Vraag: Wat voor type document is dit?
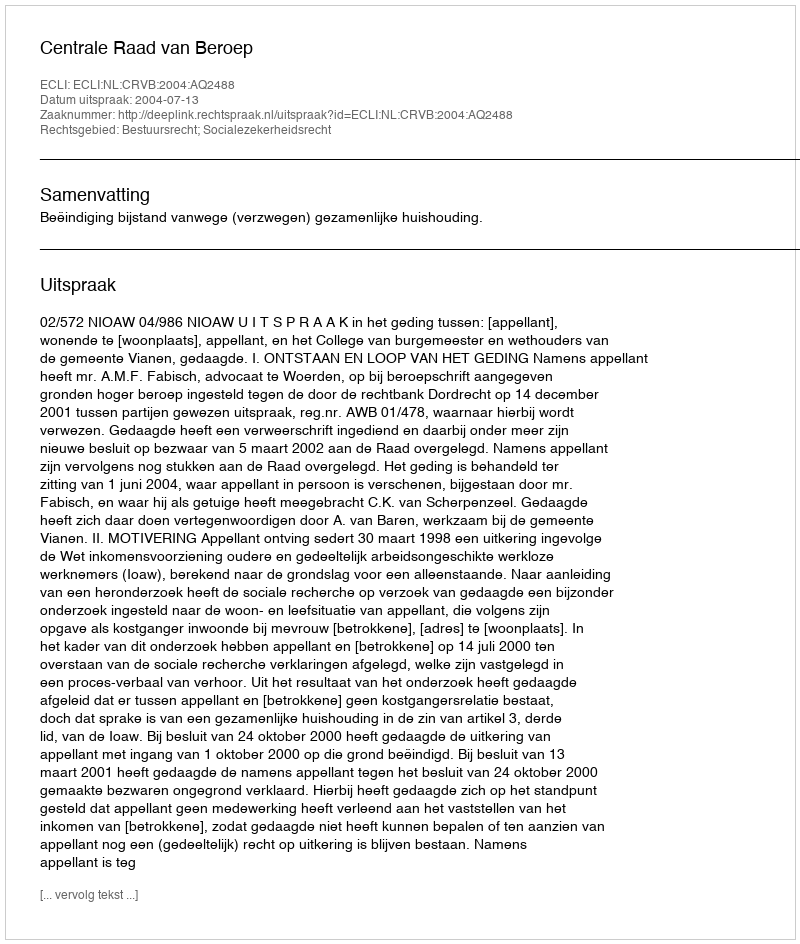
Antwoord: Uitspraak